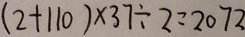
( 2 + 1 1 0 ) \times 3 7 \div 2 = 2 0 7 2